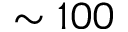
\sim 1 0 0